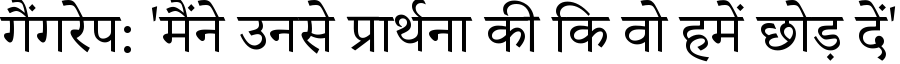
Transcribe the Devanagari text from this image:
गैंगरेप: 'मैंने उनसे प्रार्थना की कि वो हमें छोड़ दें'